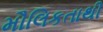
મૌલિકતાથી